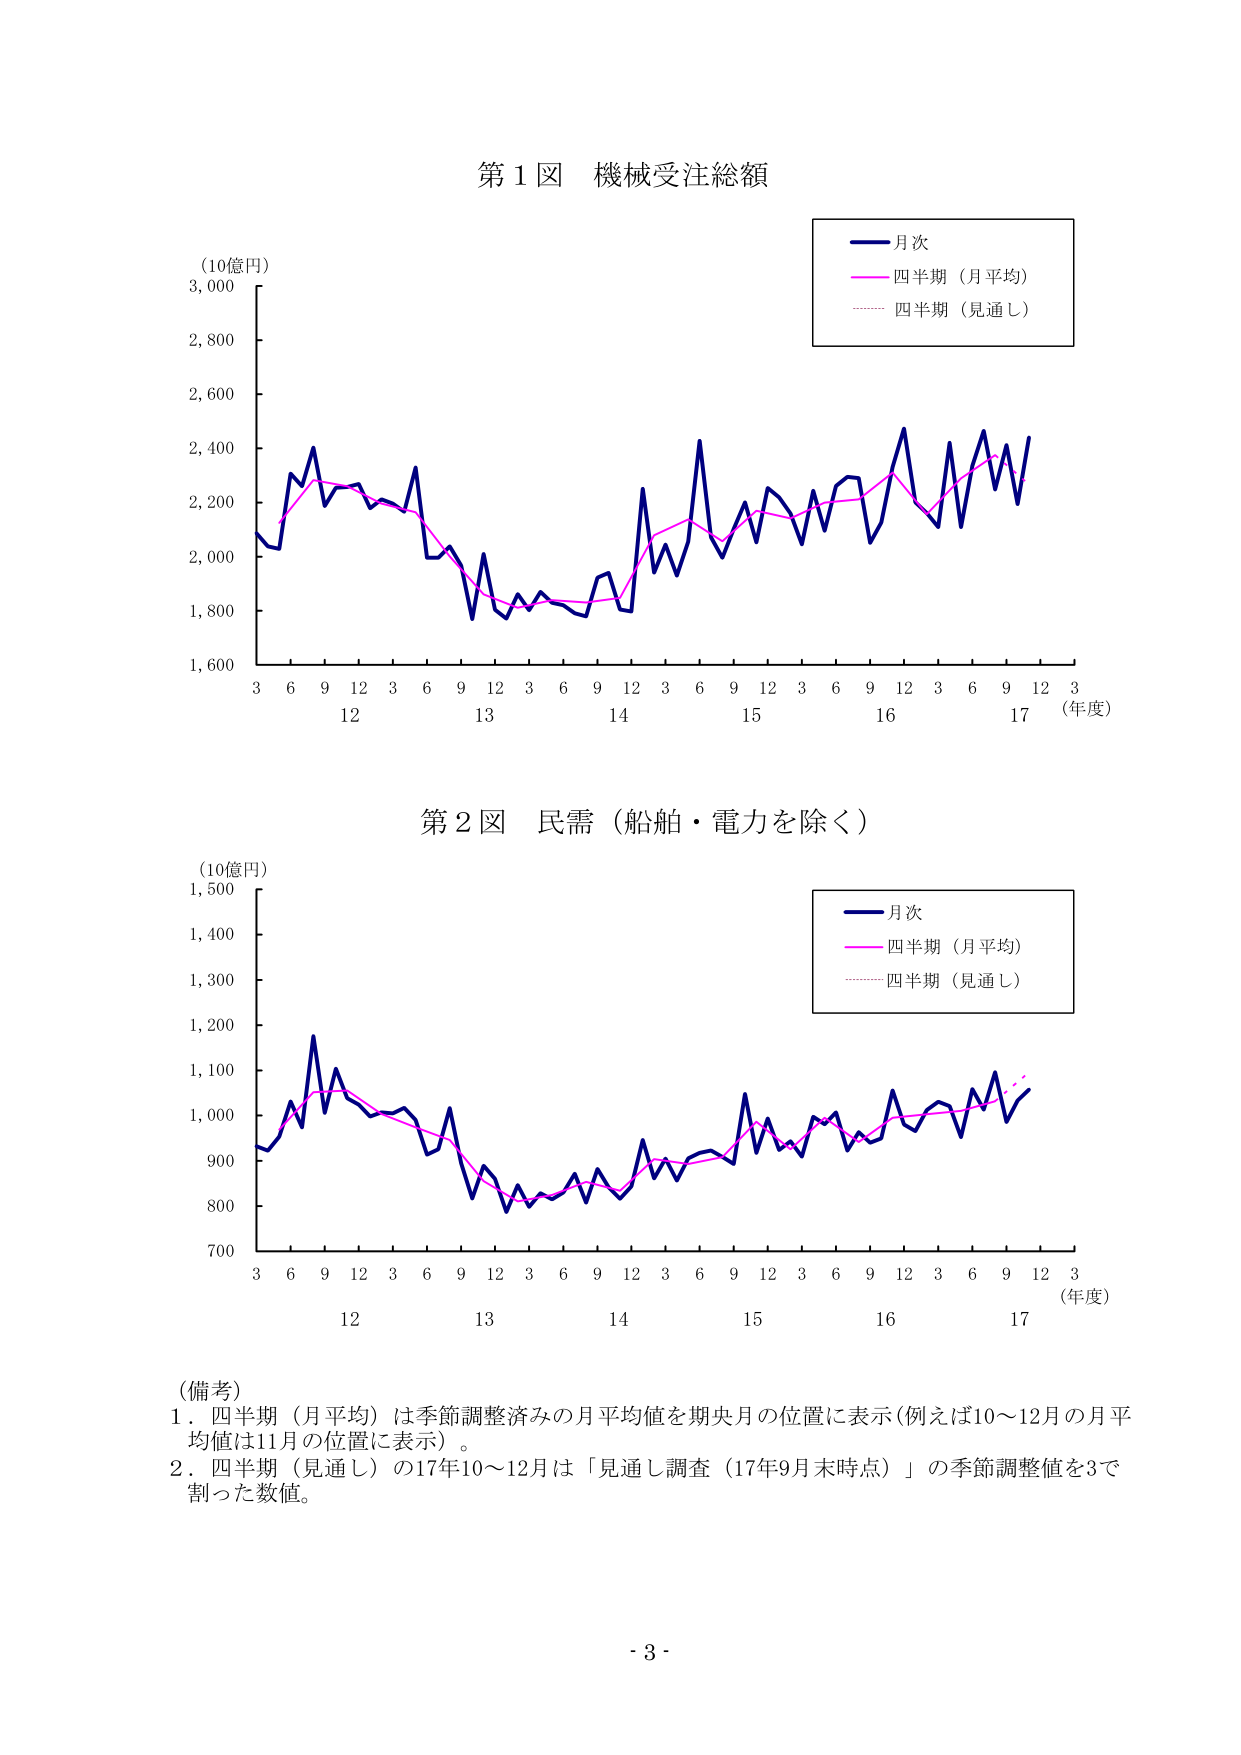
第１図 機械受注総額
（10億円）
3,000
2,800
2,600
2,400
2,200
2,000
1,800
1,600
月次
四半期（月平均）
四半期（見通し）
3 6 9 12 3 6 9 12 3 6 9 12 3 6 9 12 3 6 9 12 3
12 13 14 15 16 17 （年度）

第２図 民需（船舶・電力を除く）
（10億円）
1,500
1,400
1,300
1,200
1,100
1,000
900
800
700
月次
四半期（月平均）
四半期（見通し）
3 6 9 12 3 6 9 12 3 6 9 12 3 6 9 12 3 6 9 12 3
12 13 14 15 16 17 （年度）

（備考）
1．四半期（月平均）は季節調整済みの月平均値を期央月の位置に表示（例えば10～12月の月平均値は11月の位置に表示）。
2．四半期（見通し）の17年10～12月は「見通し調査（17年9月末時点）」の季節調整値を3で割った数値。

- 3 -